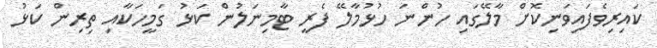
ކައިރިވެފައިވަނިކޮށް މާލޭގައި ހުންނަ ހުޅުމާލޭ ފެރީ ޓާމިނަލުން ކަޅު ގަމީހަކާއި ތިރިން ކަޅު